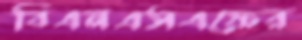
বিএনএসএফের